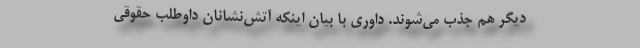
دیگر هم جذب می‌شوند. داوری با بیان اینکه آتش‌نشانان داوطلب حقوقی